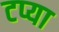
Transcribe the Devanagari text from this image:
टप्या